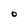
Character: O